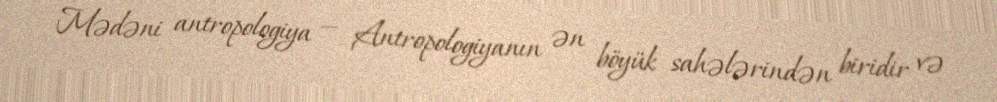
Mədəni antropologiya — Antropologiyanın ən böyük sahələrindən biridir və